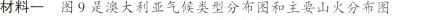
材料一 图9是澳大利亚气候类型分布图和主要山火分布图